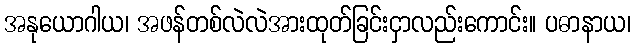
အနုယောဂါယ၊ အဖန်တစ်လဲလဲအားထုတ်ခြင်းငှာလည်းကောင်း။ ပဓာနာယ၊